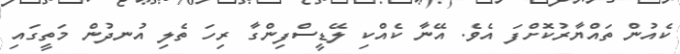
ކެއުން ތައްޔާރުކޮށްފަ އެވެ. އޭނާ ކެއްކި ލޭޑީސްފިންގާ ރިހަ ތެލި އުނދުން މަތީގައި